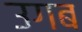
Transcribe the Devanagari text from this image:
उगब